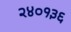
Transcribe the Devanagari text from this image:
२४०१३६